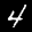
Label: 4